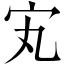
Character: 𡧄